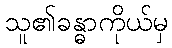
သူ၏ခန္ဓာကိုယ်မှ